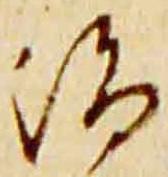
治